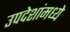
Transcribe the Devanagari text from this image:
उपदेशांमध्ये